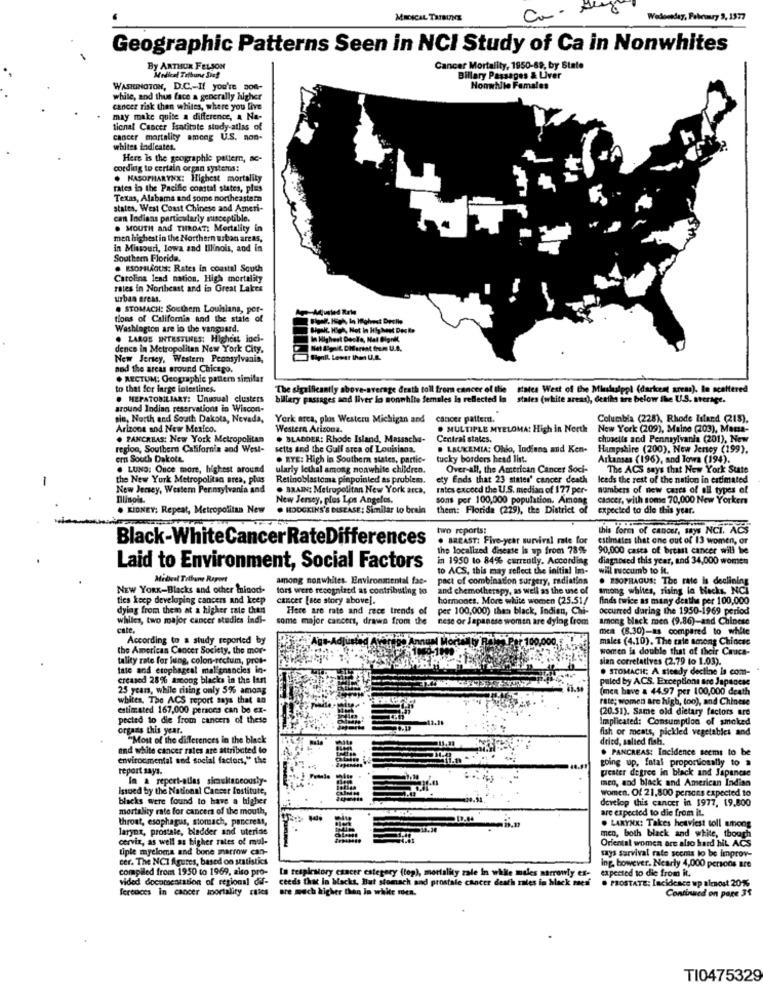
MEDICAL TRIBUNE
Wedoneday, Pokrury 3, 1377
Geographic Patterns Seen in NCI Study of Ca in Nonwhites
By ARTHUR FELSON
Cancer Mortality, 1950-69, by State
Medical Tribune Sief
Billary Passages & Liver
WASHINGTON, D.C .- If you're son-
Honwhile Females
white, and thus face a generally higher
cancer risk then whites, where you live
may make quite a difference, a Na-
tional Cancer Isatitate study-atlas of
cancer mortality among U.S. non-
whites indicates.
Here Is the geographie pattern, ac-
cording to certain organ systems:
. NASOPHARYNX: Highest mortality
rates in the Pacific coastal states, plus
Texas, Alabama and some northeastern
states, West Coast Chinese and Ameri-
can Indians particularly susceptible.
. MOUTH and THROAT? Mortality in
men highest in the Northern urban areas,
in Missouri, lowa and Illinois, and in
Southern Florida.
. ESOMLAGUS: Rates in coastal South
Carolina lend nation. High mortality
rates in Northeast and in Great Lakes
urban eress.
. STOMACH: Southem Louhians, per-
tions of California and the state of
Washington are in the vanguard.
. LAROS INTESTINES: Highest inci-
In Highest Deole, Mat Bignik
dence in Metropolitan New York City,
Net Sigait CHlertat from U.A.
New Jersey, Western Pennsylvania,
Bipall Lower Ihon U.R.
nud the areas ground Chicago.
. RECTUM; Ocographie pattern similar
to that for large intestines.
The significantly above-average death toll from cancer of the
The siailleantly above-average death toll from cancer of the states West of the Mindusippl (darkest areas). In scattered
states West of the Mindasippi (darkest areas). In scattered
. HEPATOBILIARY: Unusual clusters
hillary passages and liver lo nonwhite females is reflected in states (white areas), derihn are below the U.S. serace.
around Indian reservations in Wiscon-
sie, North and South Dakota, Nevada,
York arca, phas Westeru Michigan and
cancer pattern.
Columbia (228), Rhode Island (218),
Arizona and New Mexico.
Western Arizona.
MULTIPLE MYELOMA: High in North
New York (209), Maine (203), Massa-
. PANCREAS: New York Metropolitan
. BLADDER: Rhode Island, Massache-
Central states.
chusetts and Pennsylvania (201), New
region, Southern California and West-
setts and the Gulf arca of Louisiana.
. LEUKEMIA: Ohio, Indians and Ken-
Hampshire (200), New Jersey (199).
ern South Dakota
. EYE: High in Southern states, partic-
tucky borders head list.
Arkansas (196), and Towa (194).
. LUND: Once more, highest around
ularly lethal among nonwhite children.
Over-all, the American Cancer Soci-
The ACS says that New York State
-
the New York Metropolitan area, plus
Retinoblastoma pinpointed as problem.
ety Ends that 23 states' cancer death
leeds the rest of the nation in estimated
New Jersey, Westem Pennsylvania and
. BRAIN: Metropolitan New York arca,
rates exceed the U.S. median of 177 per-
numbers of new cares of all types of
Illinois.
New Jersey, plus Los Angeles.
sons per 100,000 population. Among
Cancer, with some 70,000 New Yorker
. RIONEY: Repeat, Metropolitan New
. HODGKIN'S'S DISEASE: Similar to brain
them: Florida (229), the District of
expected to die this year.
two reports:
this form of cancer, says NCI. ACS
Black-WhiteCancer RateDifferences
. BREAST: Five-year survival rate for
estimates that one out of 13 women, or
the localized disease is up from 78%
90,000 casta of breast cancer will be
in 1950 to 84% currently. According
diagnosed this year, and 34,000 women
Laid to Environment, Social Factors
to ACS, this may reflect the initial Im-
will succumb to it.
Medical Tribune Report
among nonwhites. Environmental fac-
pact of combination surgery, radiation
. ESOPHAGUS: The rate is declining
NEW YORK-Blacks and other miood-
fors were recognized as contributing to
and chemotherapy, as well as the use of
among whites, rising la Hacks, NCI
ties keep developing cancers and keep
cancer [sce story above].
hormones. More white women (25.51/
finds twice as many deathe per 100,000
dylag from them at a higher rate then
Here are rate and rece trends of
per 100,000) then black, Indien, Chi-
occurred during the 1950-1969 period
whiles, two major cancer studies indi-
some major cancers, drawn from the nese or Japanese women are dying from
among back men (9.86)-and Chinese
cate.
mea (8.30)-as compared to while
According to a study reported by
males (4.10). The cate among Chincsc
the American Cancer Society, the mor-
women is double that of their Cauca-
tality rate for jung, colon-rectum, pros-
slan correlatives (2,79 to 1.03).
late and etophageal malignancies in-
. STOMACH; A steady dectine is com-
creased 28% among blacks in the last
paled by ACS. Exceptions are Japanese
25 years, while rising only 5% among
1.11
(men have a 44.97 per 100,000 death
whites. The ACS report says that an
rate; women are high, too), and Chinese
estimated 167,000 persons can be ex-
(20.51). Same old dietary factors are
pected to die from cancers of these
umption of smoked
organts this year.
fish or meats, pickled vegetables and
"Most of the differences in the black
dried, salted fishi.
and white cancer rates are attributed lo
. PANCREAS: Incidence seems to be
environmental sod social factors," the
report says.
In a reperi-atlas sicauitaneously-
men, and black and American Indian
Issued by the National Cancer Institute,
women. Of 21,800 persons expected to
blacks were found to have a higher
develop this cancer in 1977, 19,800
mortality rate for cancers of the mouth,
are expected to die from it.
throat, esophagus, stomach, pancreat,
aryor, prostale, bladder and uterine
men, both black and white, though
. LARYNX: Takes heaviest toll among
cerviz, as well as higher rates of mul-
Oriental women are also hard hit ACS
tiple myeloma and bone marrow can-
cer. The NCI Agures, based on statistics
says survival rate seems to be improv-
compiled from 1950 to 1969, also pro-
In respiratory cancer estegery (top), mortality zale in while males narrowly es- expected to die from it.
ing. however. Nearly 4,000 persons are
vided documentation of regional df-
ceeds that in blacks, But stomach and prostate cancer death rales in black mes
ferouces in cancer mortality rates are much higher than In white rica.
Continued on page 34
TI0475329